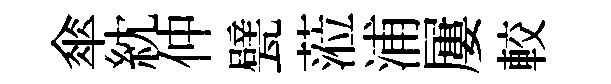
傘紞仲甓蒞浦屢較